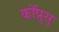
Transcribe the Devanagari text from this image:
कॉप्रुसु